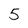
Character: 5